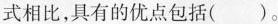
式相比，具有的优点包括( )。